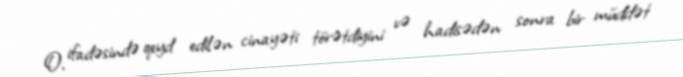
O, ifadəsində qeyd edilən cinayəti törətdiyini və hadisədən sonra bir müddət